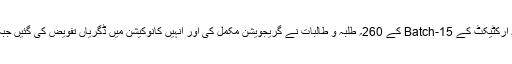
داؤد انجینئرنگ یونیورسٹی میں شعبہ انجینئرنگ کے Batch-16اور شعبہ آرکٹیکٹ کے Batch-15 کے 260؍ طلبہ و طالبات نے گریجویشن مکمل کی اور انہیں کانوکیشن میں ڈگریاں تفویض کی گئیں جبکہ امتیازی نمبر حاصل کرنیوالوں کو گولڈ اور سلور کے تمغے دیئے گئے۔